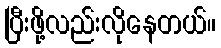
ပြီးဖို့လည်းလိုနေတယ်။